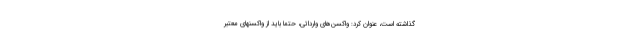
گذاشته است، عنوان کرد: واکسن‌های وارداتی، حتما باید از واکسنهای معتبر